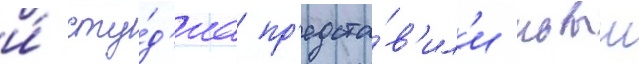
и́ сту́д'иа пр'едста́в'ил'и новыи